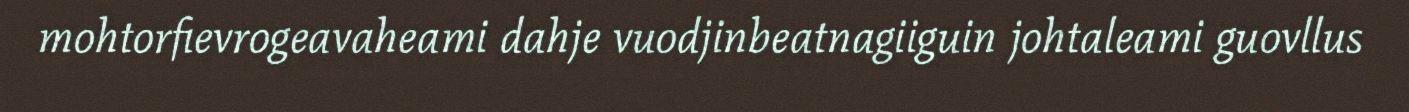
mohtorfievrogeavaheami dahje vuodjinbeatnagiiguin johtaleami guovllus